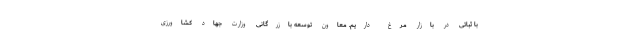
با ثباتی در بازار مرغ داریم. معاون توسعه بازرگانی وزارت جهاد کشاورزی